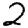
Digit: 2